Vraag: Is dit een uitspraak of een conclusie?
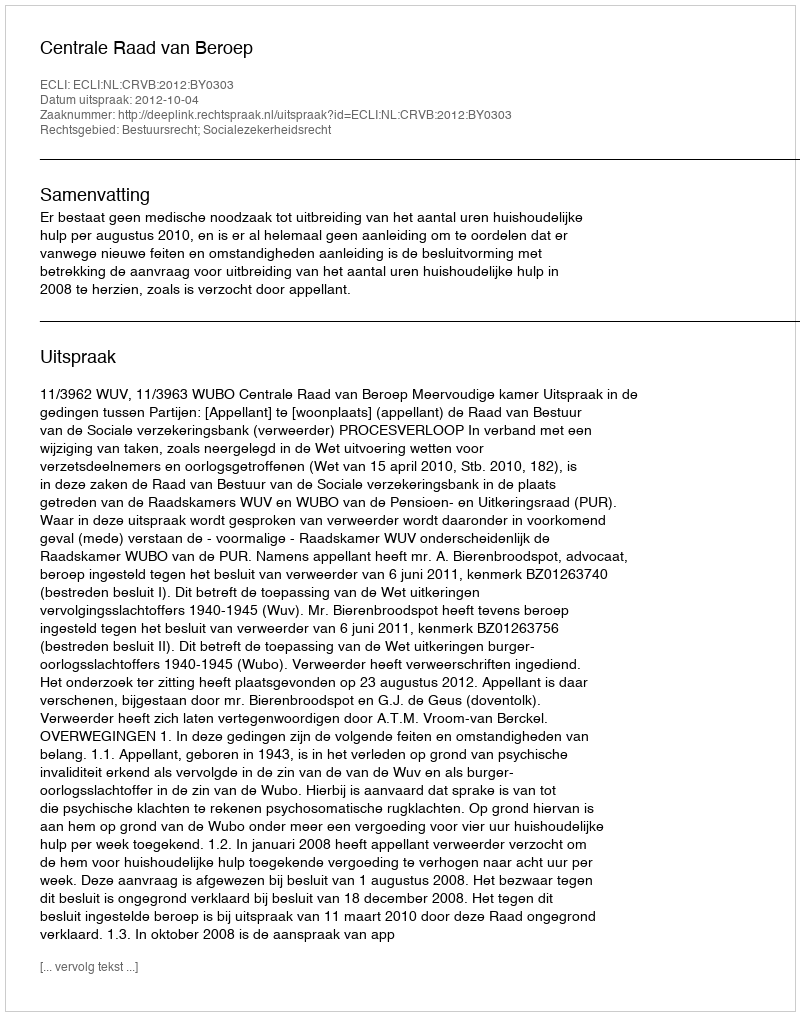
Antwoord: Uitspraak